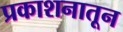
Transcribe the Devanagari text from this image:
प्रकाशनातून